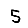
Digit: 5